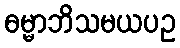
ဓမ္မာဘိသမယပဥ